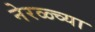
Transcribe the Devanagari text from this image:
नेरळ्च्या